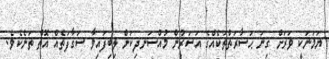
ޔަމަނަކީ ވަރަށް ގިނަ ޙަޟާރަތްތަކެއްގެ އަސަރުން މުއްސަނދިކަން ލިބިފައިވާ ސަގާފަތެއް އޮތް ތަނެކެވެ.